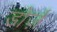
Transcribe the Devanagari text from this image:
डोर्ज़